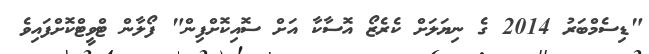
"ޑިސެމްބަރު 2014 ގެ ނިޔަލަށް ކެރެޒޯ އޮސާކާ އަށް ސޮއިކޮށްފިން" ފޯލާން ޓްވީޓްކޮށްފައިވެ